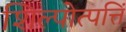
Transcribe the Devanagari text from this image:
शिल्पोत्पत्तिं